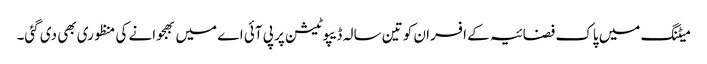
میٹنگ میں پاک فضائیہ کے افسران کو تین سالہ ڈیپوٹیشن پر پی آئی اے میں بھجوانے کی منظوری بھی دی گئی۔